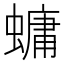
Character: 䗤